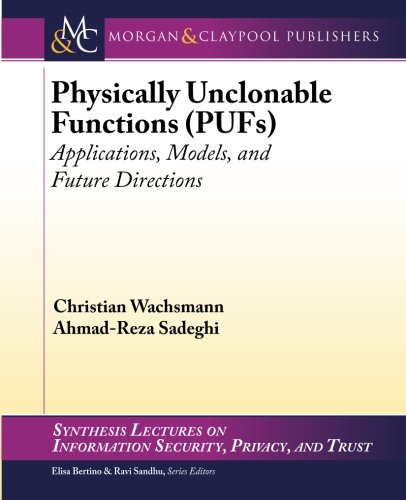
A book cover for Physically Unclonable Functions (PUFs): Applications, Models, and Future Directi (Synthesis Lectures on Information Security, Privacy, and Tru); Christian Wachsmann; Computers & Technology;